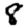
Digit: 8